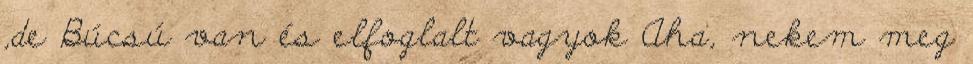
,de Búcsú van és elfoglalt vagyok Aha, nekem meg